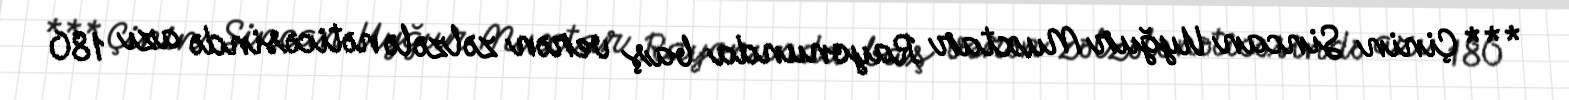
*** Çinin Sincan Uyğur Muxtar Rayonunda baş verən zəlzələ nəticəsində azı 180